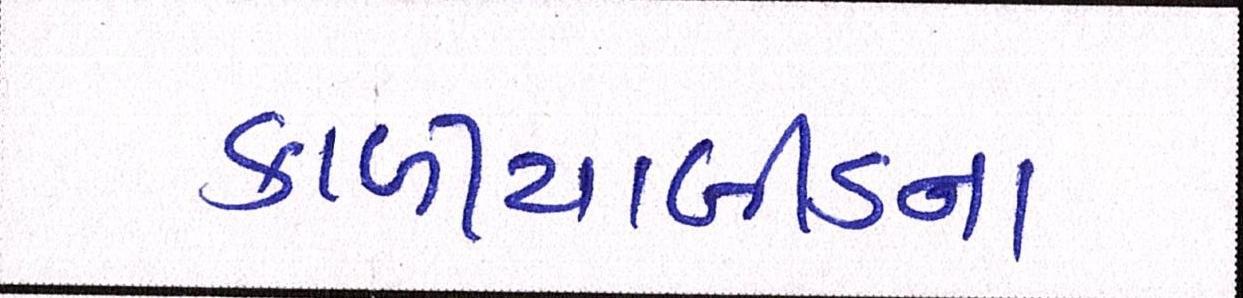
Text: કાળીયાબીડના